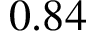
0 . 8 4